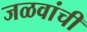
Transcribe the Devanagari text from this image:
जळवांची